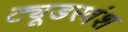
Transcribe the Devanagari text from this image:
ट्यूडरवंश